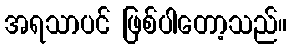
အရသာပင် ဖြစ်ပါတော့သည်။